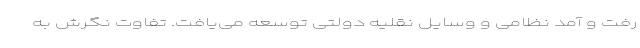
رفت و آمد نظامی و وسایل نقلیه دولتی توسعه می‌یافت. تفاوت نگرش به